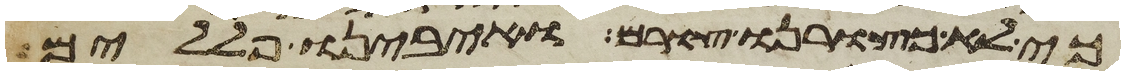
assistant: כי לא כצורנו צורם ואיבינו פללים